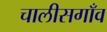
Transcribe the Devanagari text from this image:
चालीसगाँव